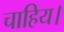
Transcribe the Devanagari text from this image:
चाहिय।